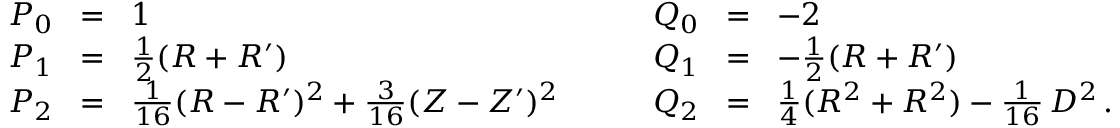
\begin{array} { r c l } { P _ { 0 } \! } & { = } & { \! 1 } \\ { P _ { 1 } \! } & { = } & { \! \frac { 1 } { 2 } ( R + R ^ { \prime } ) } \\ { P _ { 2 } \! } & { = } & { \! \frac { 1 } { 1 6 } ( R - R ^ { \prime } ) ^ { 2 } + \frac { 3 } { 1 6 } ( Z - Z ^ { \prime } ) ^ { 2 } } \end{array} \qquad \begin{array} { r c l } { Q _ { 0 } \! } & { = } & { \! - 2 } \\ { Q _ { 1 } \! } & { = } & { \! - \frac { 1 } { 2 } ( R + R ^ { \prime } ) } \\ { Q _ { 2 } \! } & { = } & { \! \frac { 1 } { 4 } ( R ^ { 2 } + R ^ { 2 } ) - \frac { 1 } { 1 6 } \, D ^ { 2 } \, . } \end{array}